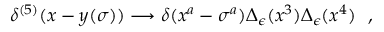
\delta ^ { ( 5 ) } ( x - y ( \sigma ) ) \longrightarrow \delta ( x ^ { a } - \sigma ^ { a } ) \Delta _ { \epsilon } ( x ^ { 3 } ) \Delta _ { \epsilon } ( x ^ { 4 } ) \ \ ,